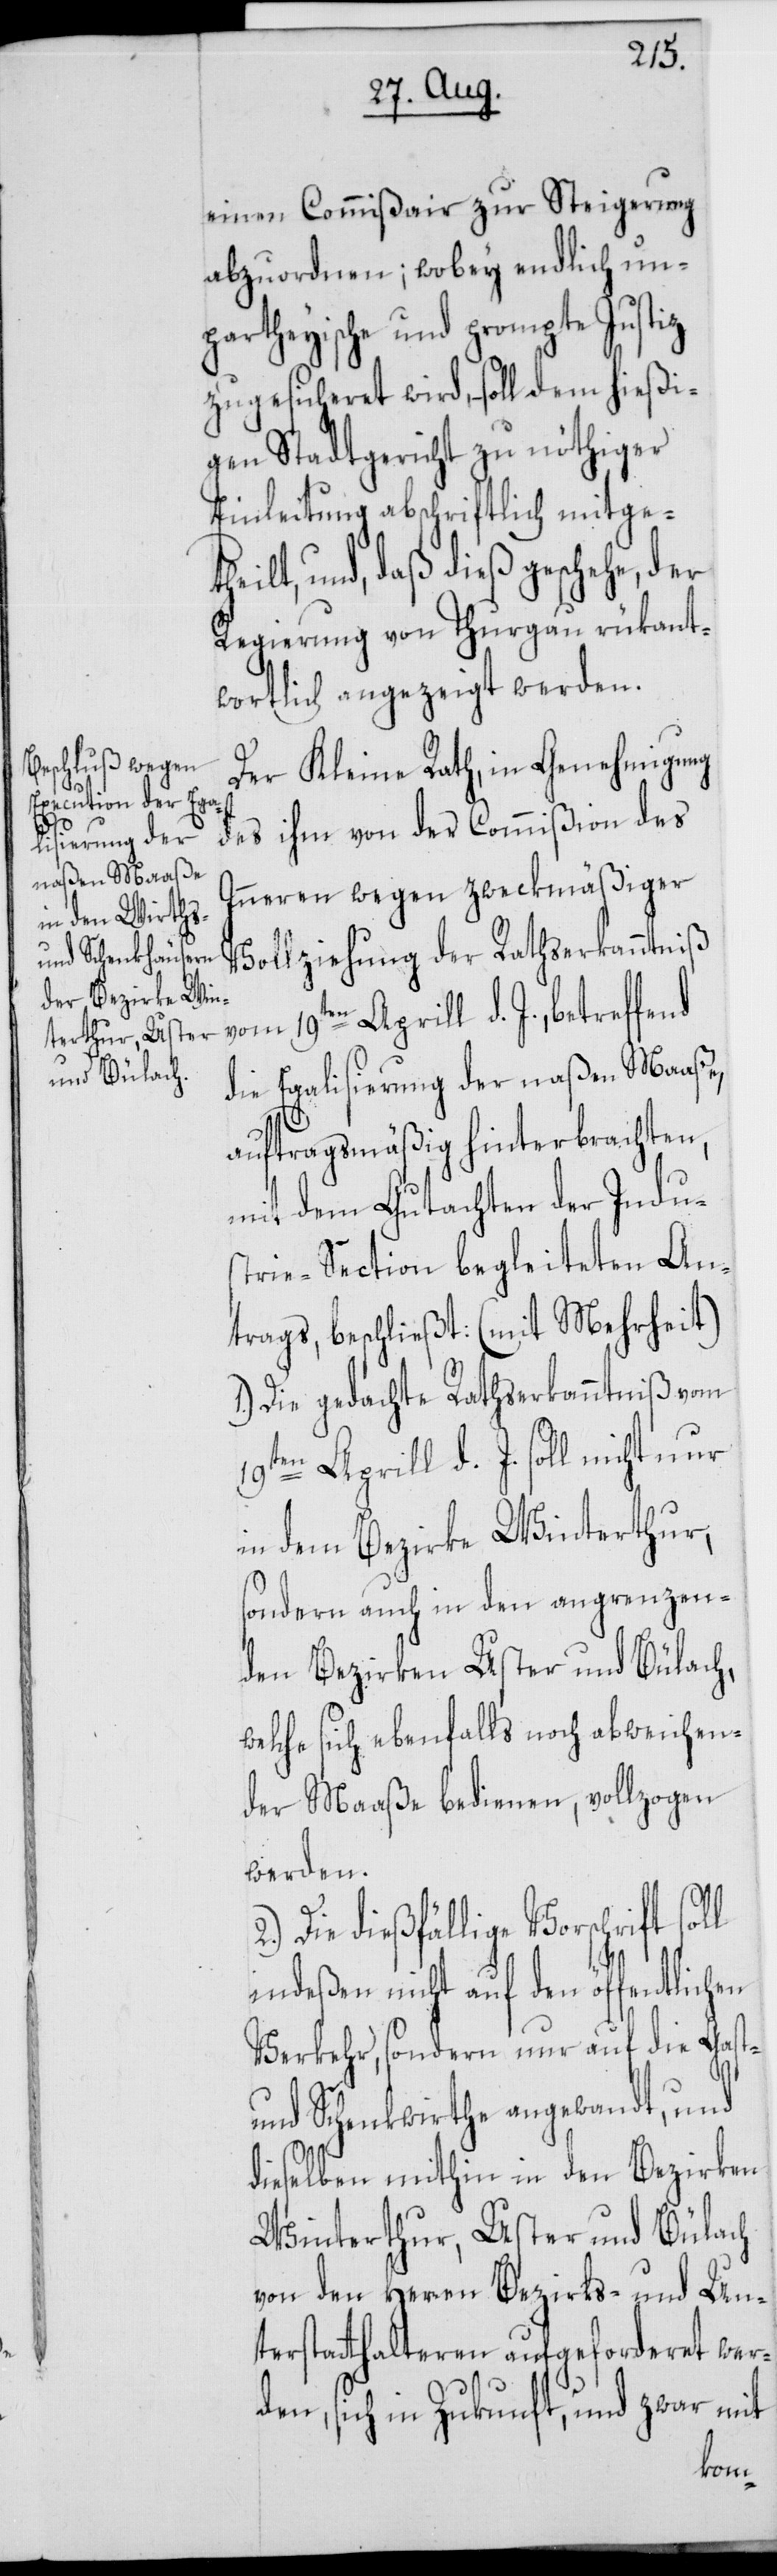
einen Commißair zur Steigerung
abzuordnen; wobey endlich un¬
partheyische und prompte Justiz
igen Stadtgericht zu nöthiger
Einleitung abschriftlich mitge¬
lt, und, daß dieß geschehe,
Regierung von Thurgau rükant¬
wortlich angezeigt werden.
Der Kleine Rath, in Genehmigung
des ihm von der Commißion des
Inneren wegen zweckmäßiger
Vollziehung der Rathserkanntniß
vom 19ten Aprill d. J., betreffend
die Egalisierung der naßen Maaße,
auftragsmäßig hinterbrachten,
mit dem Gutachten der Indu¬
strie-Section begleiteten An¬
trags, beschließt: (mit Mehrheit)
1.) Die gedachte Rathserkanntniß vom
19ten Aprill d. J. soll nicht nur
in dem Bezirke Winterthur,
sondern auch in den angrenzen¬
den Bezirken Uster und Bülach,
welche sich ebenfalls noch abweichen¬
der Maaße bedienen, vollzogen
werden.
Die dießfällige Vorschrift soll
indeßen nicht auf den öffentlichen
Verkehr, sondern nur auf die Gast-
und Schenkwirthe angewandt, und
dieselben mithin in den Bezirken
Winterthur, Uster und Bülach
von den Herren Bezirks- und Un¬
terstatthalteren aufgeforderet wer¬
den, sich in Zukunft, und zwar mit
thei¬